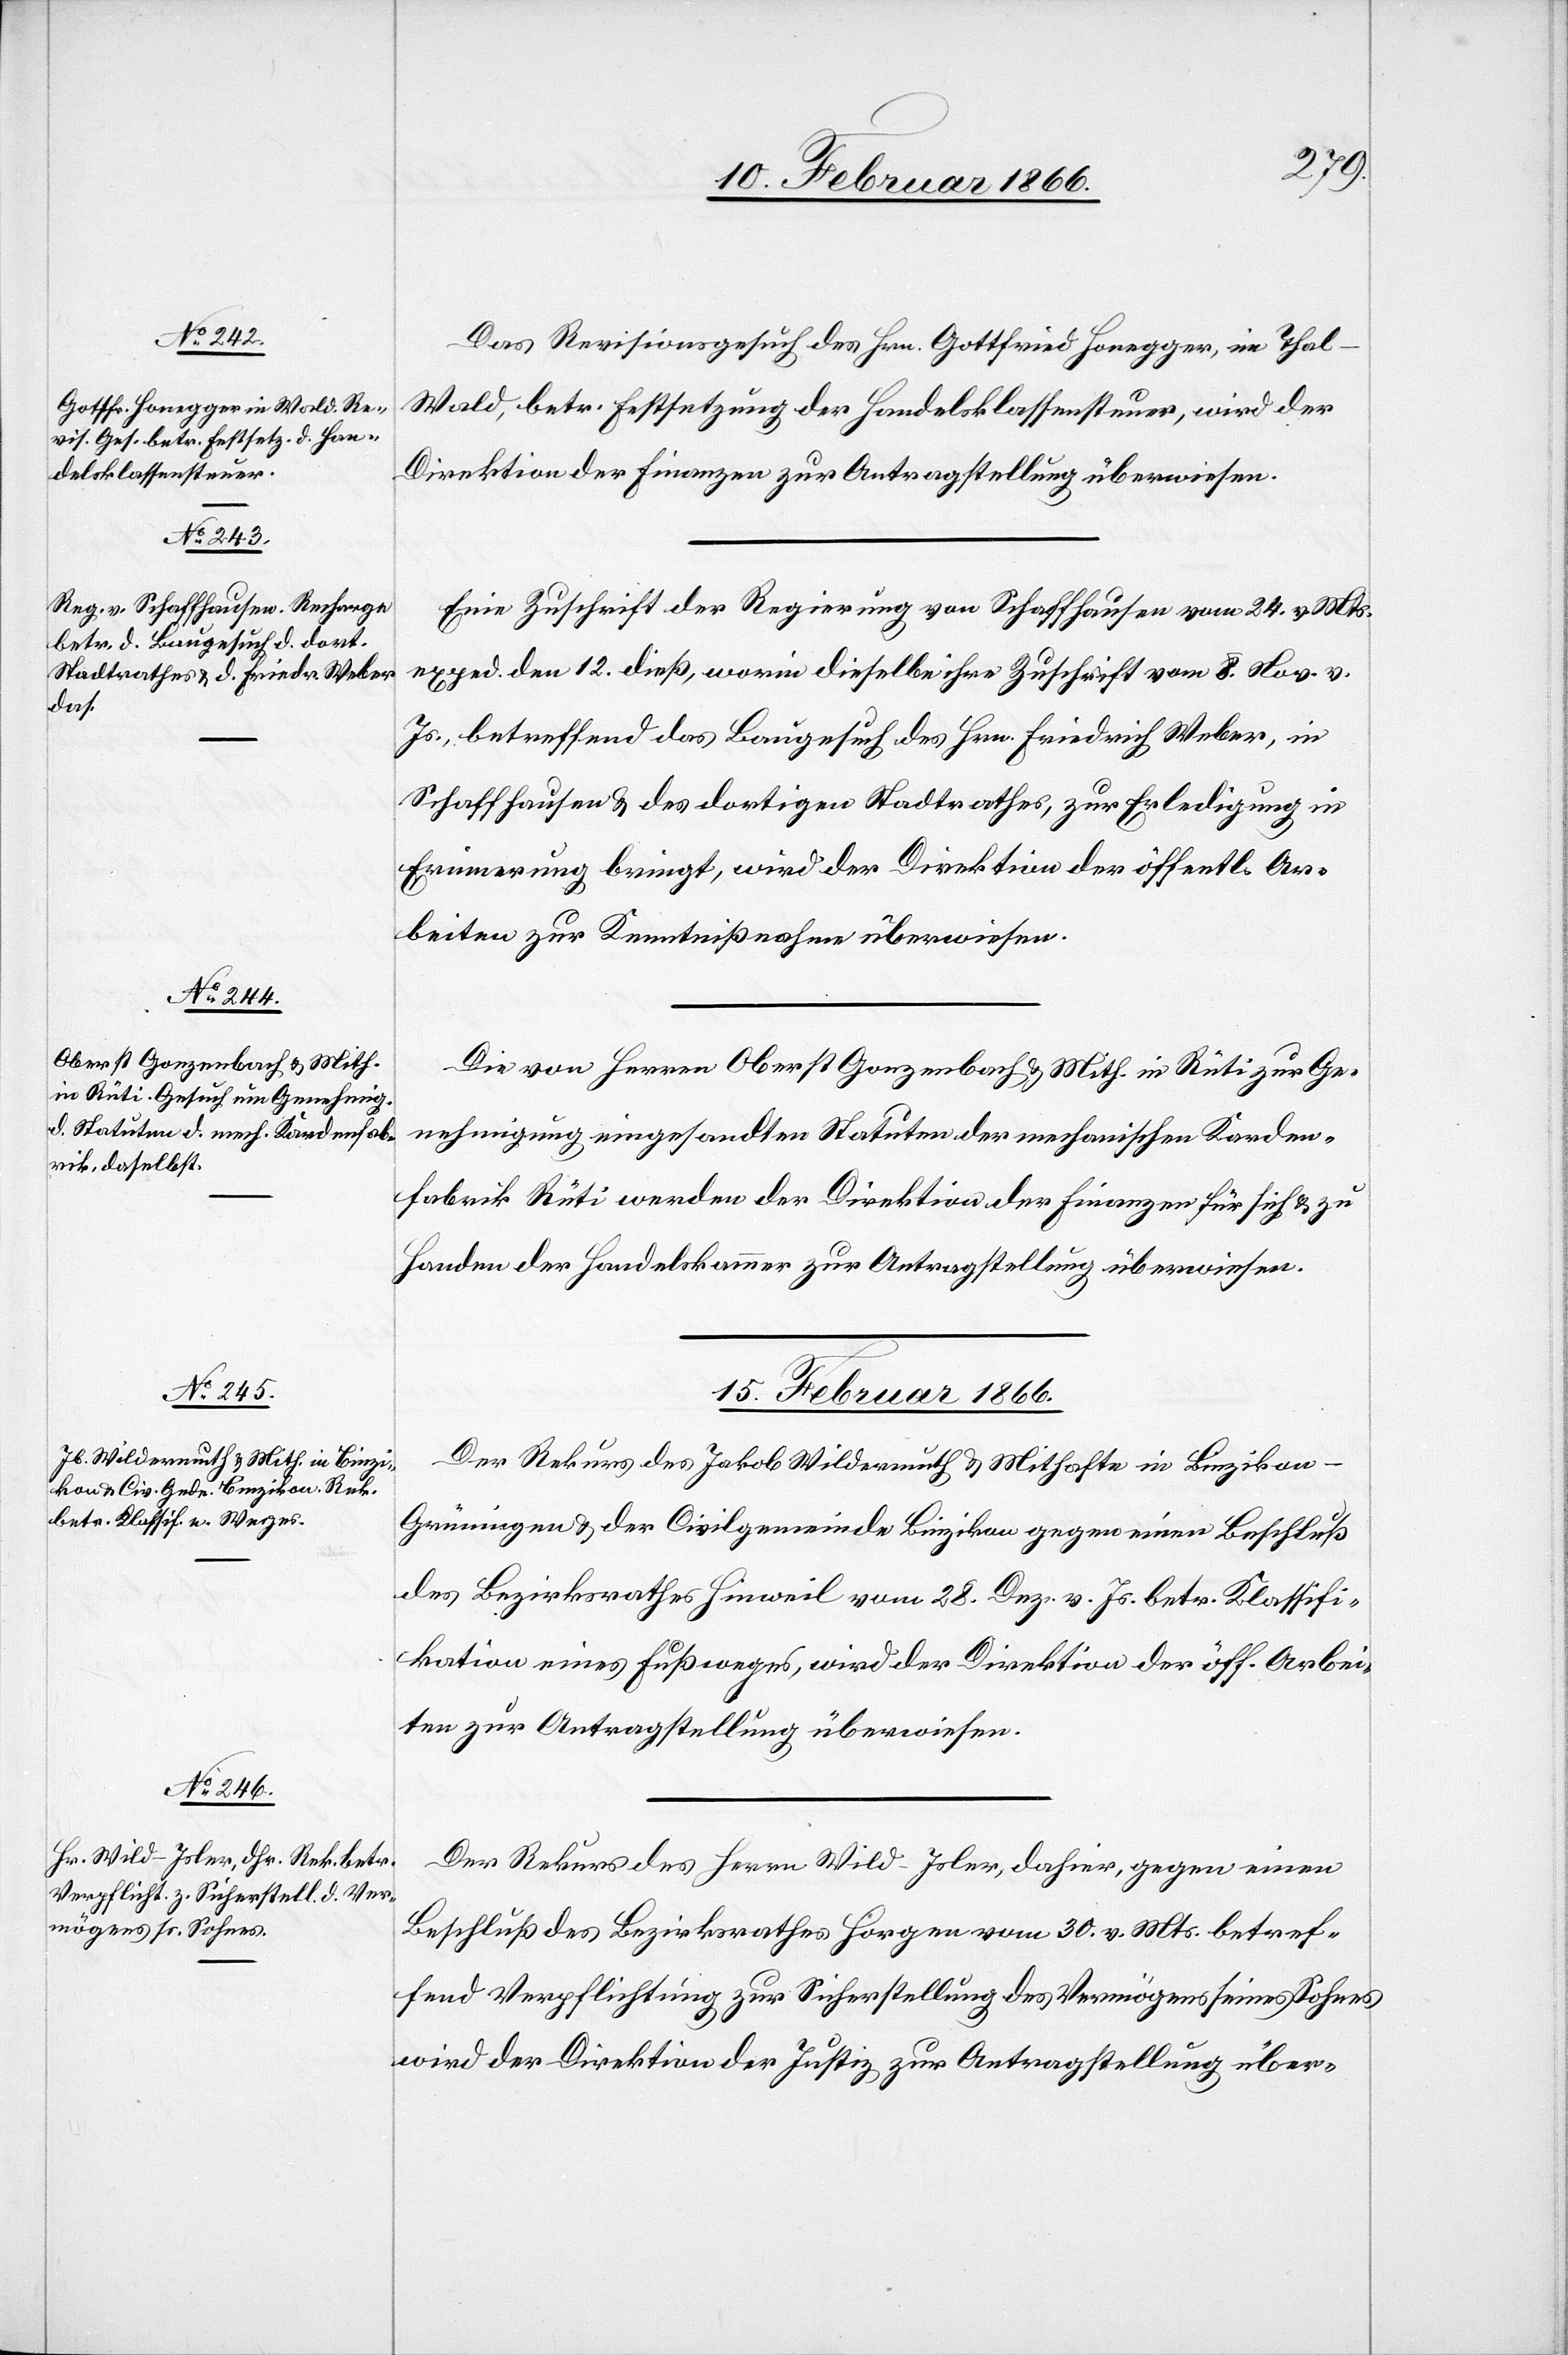
14. Februar 1866.]
Das Revisionsgesuch des Hrn. Gottfried Honegger, in Thal
Wald, betr Feststellung der Handelsklassensteuer, wird der
Direktion der Finanzen zur Antragstellung überwiesen.
Eine Zuschrift der Regierung von Schaffhausen vom 24. v. Mts.
exped. den 12. dieß, worin dieselbige ihre Zuschrift vom 8. Nov. v.
Js., betreffend das Baugesuch des Hrn. Friedrich Weber, in
Schaffhausen & des dortigen Stadtrathes, zur Erledigung in
Erinnerung bringt, wird der Direktion der öffentl. Ar¬
beiten zur Kenntnißnahme überwiesen.
Die von Herren Oberst Gonzenbach u. Mith. in Rüti zur Ge¬
nehmigung eingesandten Statuen der mechanischen Karden¬
fabrik Rüti werden der Direktion der Finanzen für sich & zu
Handen der Handelskammer zur Antragstellung überwiesen.
15. Februar 1866.]
Der Rekurs des Jakob Wildermuth u. Mithafte in Binzikon -
Grüningen u. der Civilgemeinde Binzikon gegen einen Beschluß
des Bezirksrathes Hinweil vom 28. Dez. v. Js. betr. Klassifi¬
kation eines Fußweges, wird der Direktion der öff. Arbei¬
ten zur Antragstellung überwiesen.
Der Rekurs des Herrn Wild-Isler, dahier, gegen einen
Beschluß des Bezirksrathes Horgen vom 30. v. Mts. betref¬
fend Verpflichtung zur Sicherstellung des Vermögens seines Sohnes
wird der Direktion der Justiz zur Antragstellung über-